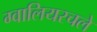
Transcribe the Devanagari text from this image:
ग्वालियरचले